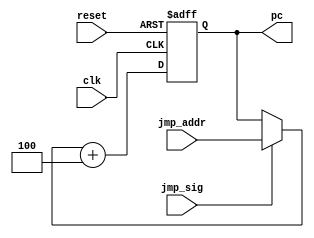
module IF(reset, clk, jmp_sig, jmp_addr, pc);
   input reset;
   input clk;
   input jmp_sig;
   input [31:0]jmp_addr;
   output [31:0] pc;

   reg [31:0] 	 pc;
   always @(posedge clk or posedge reset)
     begin
	if(reset)
	  pc <= 32'b0;
	else
	  pc <= (jmp_sig ? jmp_addr : pc) + 4;
     end
endmodule